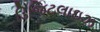
ડિજિટલાઇઝ